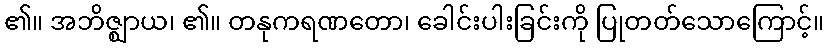
၏။ အဘိဇ္ဈာယ၊ ၏။ တနုကရဏတော၊ ခေါင်းပါးခြင်းကို ပြုတတ်သောကြောင့်။